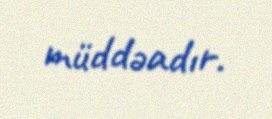
müddəadır.